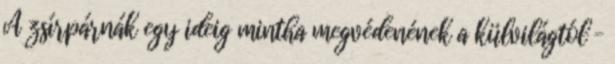
A zsírpárnák egy ideig mintha megvédenének a külvilágtól –